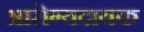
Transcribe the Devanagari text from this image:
आरोग्यदायक